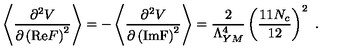
\left\langle \frac { \partial ^ { 2 } V } { \partial \left( \mathrm { R e } F \right) ^ { 2 } } \right\rangle = - \left\langle \frac { \partial ^ { 2 } V } { \partial \left( \mathrm { I m F } \right) ^ { 2 } } \right\rangle = \frac { 2 } { \Lambda _ { Y M } ^ { 4 } } \left( \frac { 1 1 N _ { c } } { 1 2 } \right) ^ { 2 } \ .